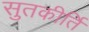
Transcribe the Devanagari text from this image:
सुतकीर्ति